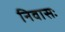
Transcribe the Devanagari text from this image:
निवासः